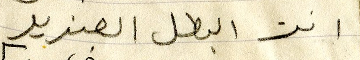
انت البطل الصنديد